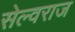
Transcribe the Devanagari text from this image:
सेल्वराज